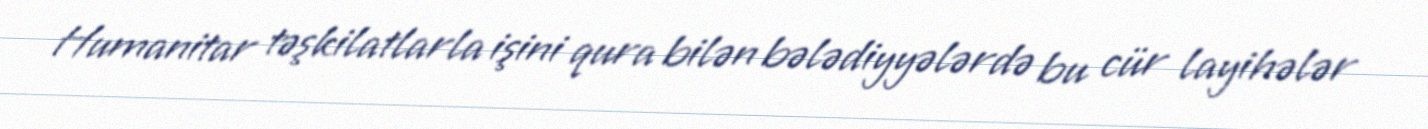
Humanitar təşkilatlarla işini qura bilən bələdiyyələrdə bu cür layihələr